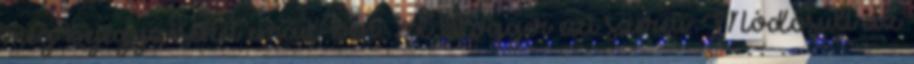
meg bejegyzéseket email-ben. %d blogger ezt szereti: Módosult az